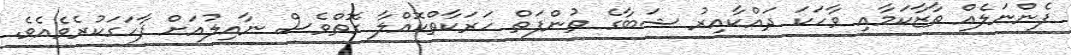
ފެންނަލެއް ތާޒާކަމާއި ވާހަކަ ދައްކާއިރު ޝަބާގެ ތުންފަތް ހަރަކާތްކޮއްލާ ގޮތްވެސް ނާއިލުއަށް ފާހަގަކުރެވެއެވެ.